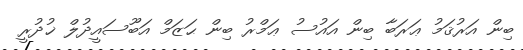
ބިން އަރުޤަމު ޢަރަބާ ބިން އައުސު ޢަމްރު ބިން ޙަޒަމް އަބޫސައީދުލް ޚުދުރީ